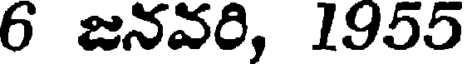
6 జనవరి, 1955